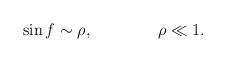
LaTeX: \begin{align*}\sin f \sim \rho, \qquad \qquad \rho \ll 1.\end{align*}